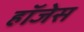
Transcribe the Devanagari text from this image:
हॉजेस